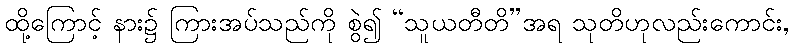
ထို့ကြောင့် နား၌ ကြားအပ်သည်ကို စွဲ၍ “သူယတီတိ”အရ သုတိဟုလည်းကောင်း,